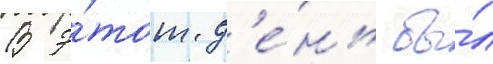
В э́тот д'е́нь бы́л